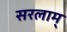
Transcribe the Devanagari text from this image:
सरलाम्